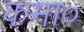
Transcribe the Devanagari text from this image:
कमा०